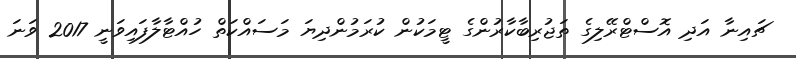
ޗައިނާ އަދި އޮސްޓްރޭލިގެ ތަޖުރިބާކާރުންގެ ޓީމަކުން ކުރަމުންދިޔަ މަސައްކަތް ހުއްޓާލާފައިވަނީ 2017 ވަނަ